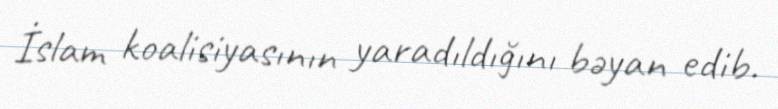
İslam koalisiyasının yaradıldığını bəyan edib.